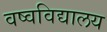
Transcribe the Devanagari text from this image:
वष्वविद्यालय